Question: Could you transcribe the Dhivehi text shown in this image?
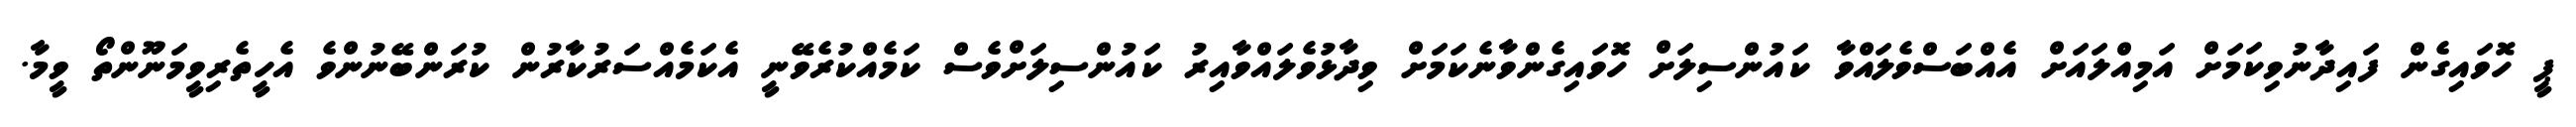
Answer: ޕީ ހޮވައިގެން ފައިދާނުވިކަމަށް އަމިއްލައަށް އެއްބަސްވެލައްވާ ކައުންސިލަށް ހޮވައިގެންވާނެކަމަށް ވިދާޅުވެލައްވާއިރު ކައުންސިލަށްވެސް ކަމެއްކުރެވޭނީ އެކަމެއްސަރުކާރުން ކުރަންބޭނުންވެ އެހީތެރިވީމަނޫންތޯ ވީމާ.